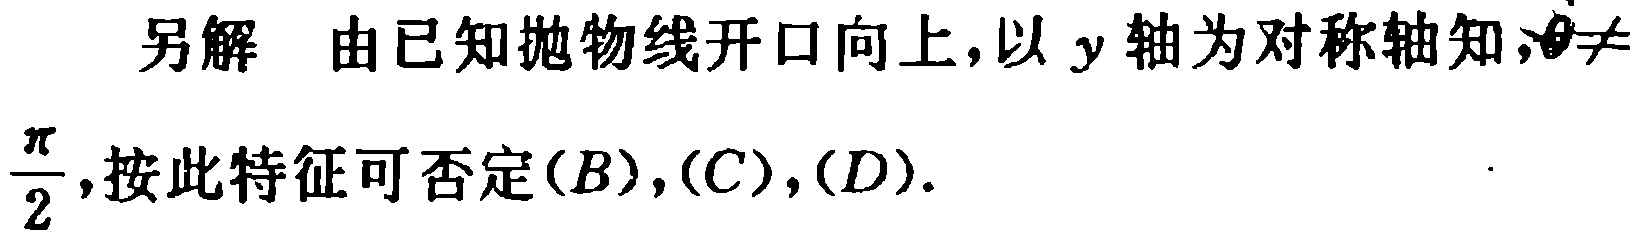
另解 由已知抛物线开口向上，以 \(y\) 轴为对称轴知，\(\theta\neq\)

\(\dfrac{\pi}{2}\)，按此特征可否定\((B),(C),(D)\).